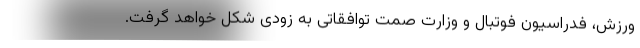
ورزش، فدراسیون فوتبال و وزارت صمت توافقاتی به زودی شکل خواهد گرفت.